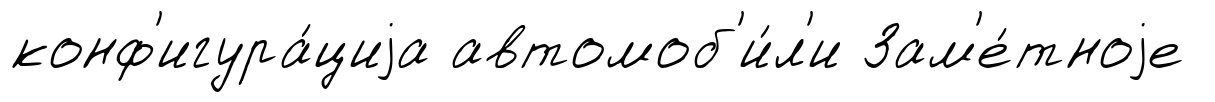
конф'игура́циjа автомоб'и́л'и Зам'е́тноjе